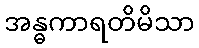
အန္ဓကာရတိမိသာ